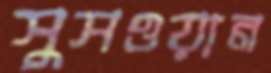
সুসওয়ান